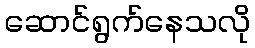
ဆောင်ရွက်နေသလို